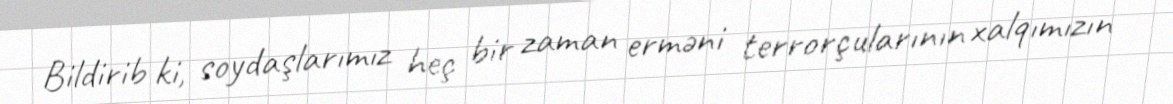
Bildirib ki, soydaşlarımız heç bir zaman erməni terrorçularının xalqımızın